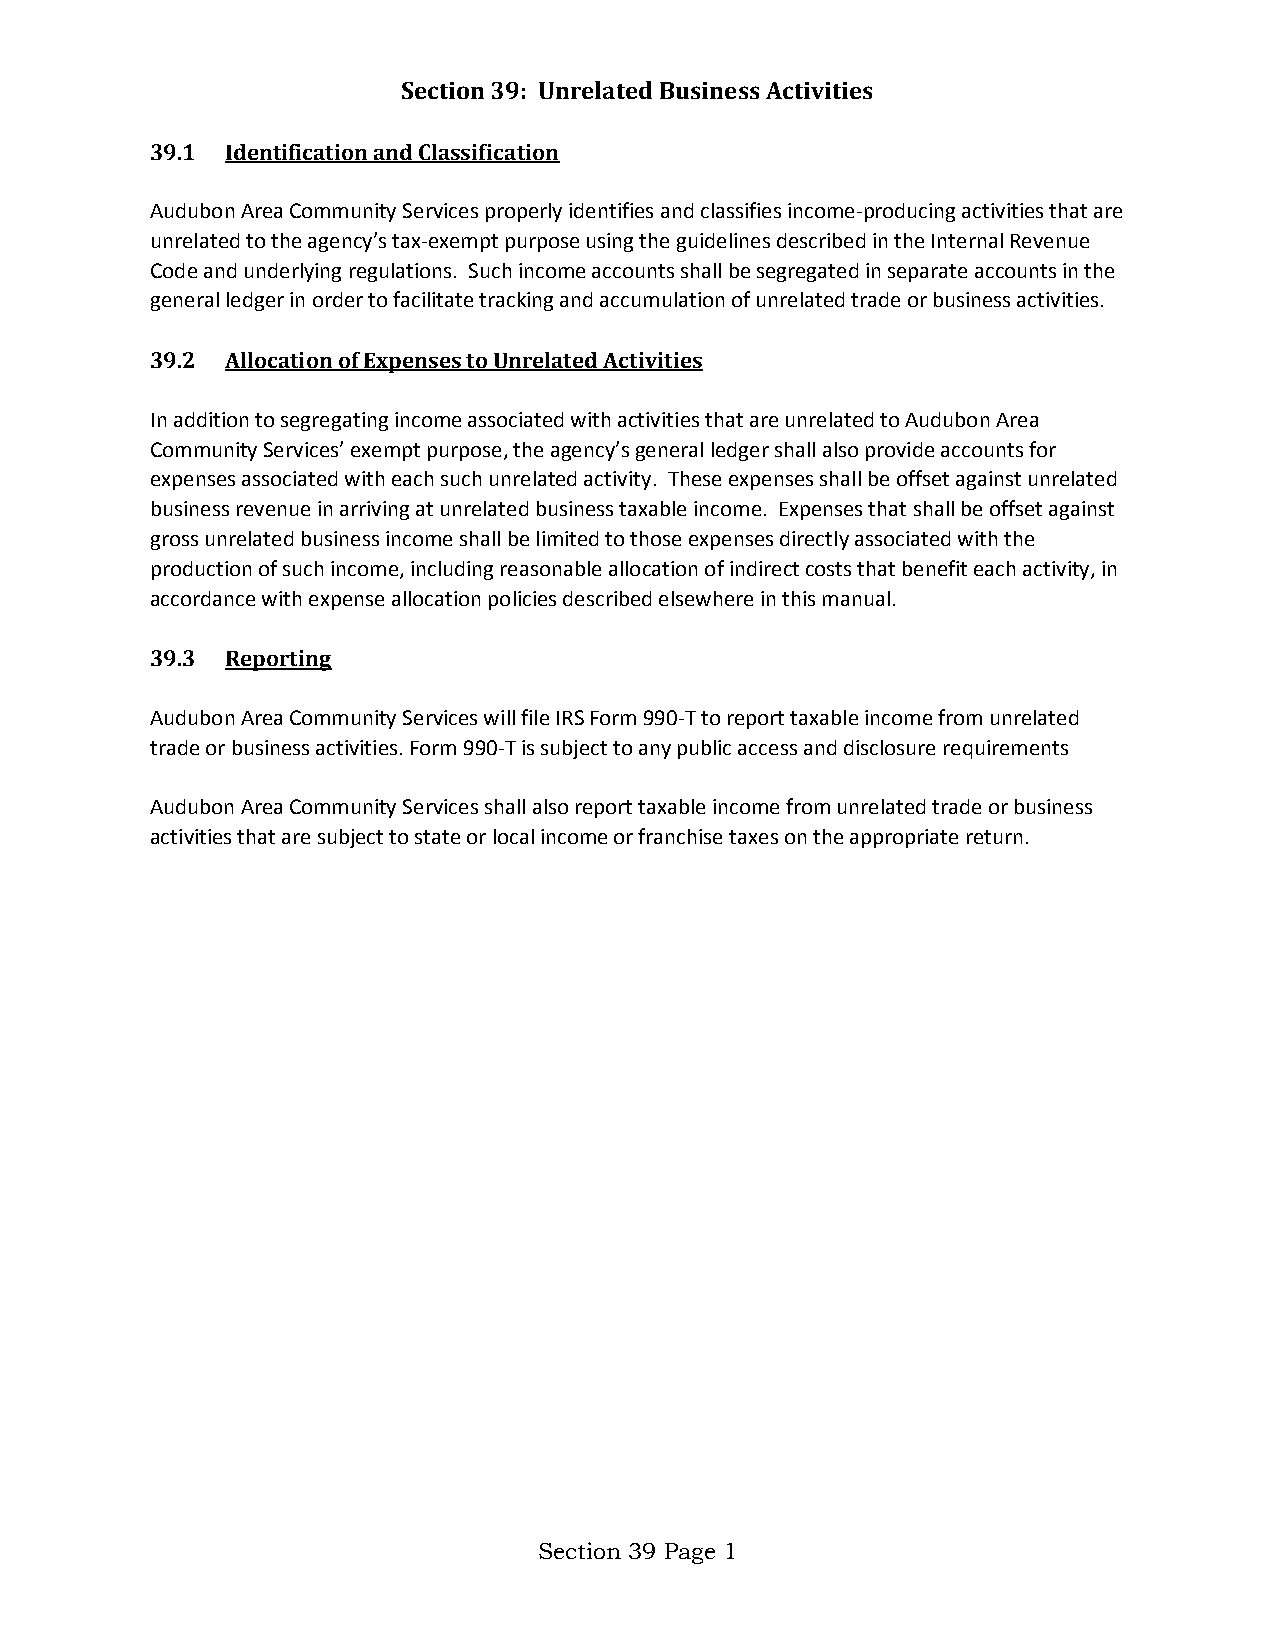
Section 39: Unrelated Business Activities
 39.1 Identification and Classification
 Audubon Area Community Services properly identifies and classifies income-producing activities that are
 unrelated to the agency’s tax-exempt purpose using the guidelines described in the Internal Revenue
 Code and underlying regulations. Such income accounts shall be segregated in separate accounts in the
 general ledger in order to facilitate tracking and accumulation of unrelated trade or business activities.
 39.2 Allocation of Expenses to Unrelated Activities
 In addition to segregating income associated with activities that are unrelated to Audubon Area
 Community Services’ exempt purpose, the agency’s general ledger shall also provide accounts for
 expenses associated with each such unrelated activity. These expenses shall be offset against unrelated
 business revenue in arriving at unrelated business taxable income. Expenses that shall be offset against
 gross unrelated business income shall be limited to those expenses directly associated with the
 production of such income, including reasonable allocation of indirect costs that benefit each activity, in
 accordance with expense allocation policies described elsewhere in this manual.
 39.3 Reporting
 Audubon Area Community Services will file IRS Form 990-T to report taxable income from unrelated
 trade or business activities. Form 990-T is subject to any public access and disclosure requirements
 Audubon Area Community Services shall also report taxable income from unrelated trade or business
 activities that are subject to state or local income or franchise taxes on the appropriate return.
 Section 39 Page 1